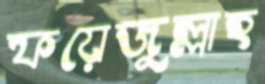
ফয়েজুল্লাহ